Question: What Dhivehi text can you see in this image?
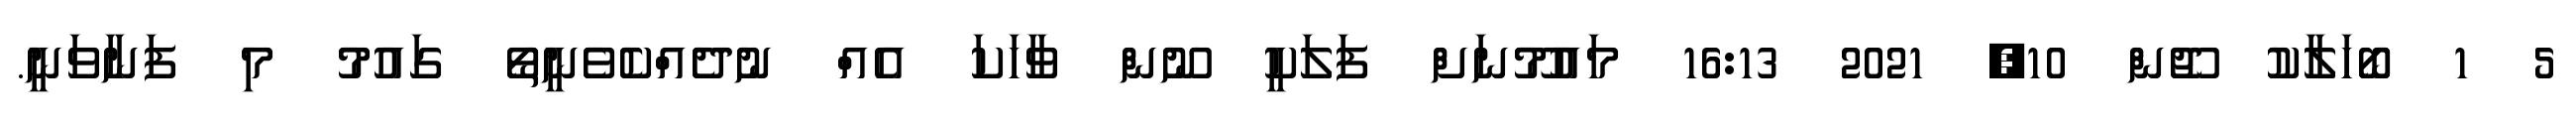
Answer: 5 1 ބޯހަލާކު ޖޫން 10, 2021 16:13 މައުމޫނަށް ފަލަކީ ނޫން ވާހަކަ އެއް ނުދެއްކެވެނީތޯ ގައުމު މި ފަނާވަނީ.